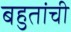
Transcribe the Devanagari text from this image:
बहुतांची